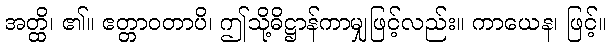
အတ္ထိ၊ ၏။ ဧတ္တာဝတာပိ၊ ဤသို့ဓိဋ္ဌာန်ကာမျှဖြင့်လည်း။ ကာယေန၊ ဖြင့်။